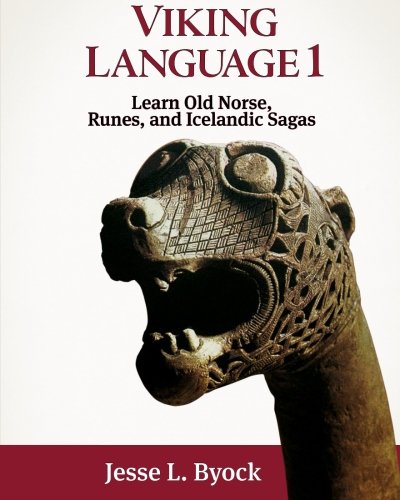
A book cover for Viking Language 1 Learn Old Norse, Runes, and Icelandic Sagas (Viking Language Series); Jesse L. Byock; Reference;